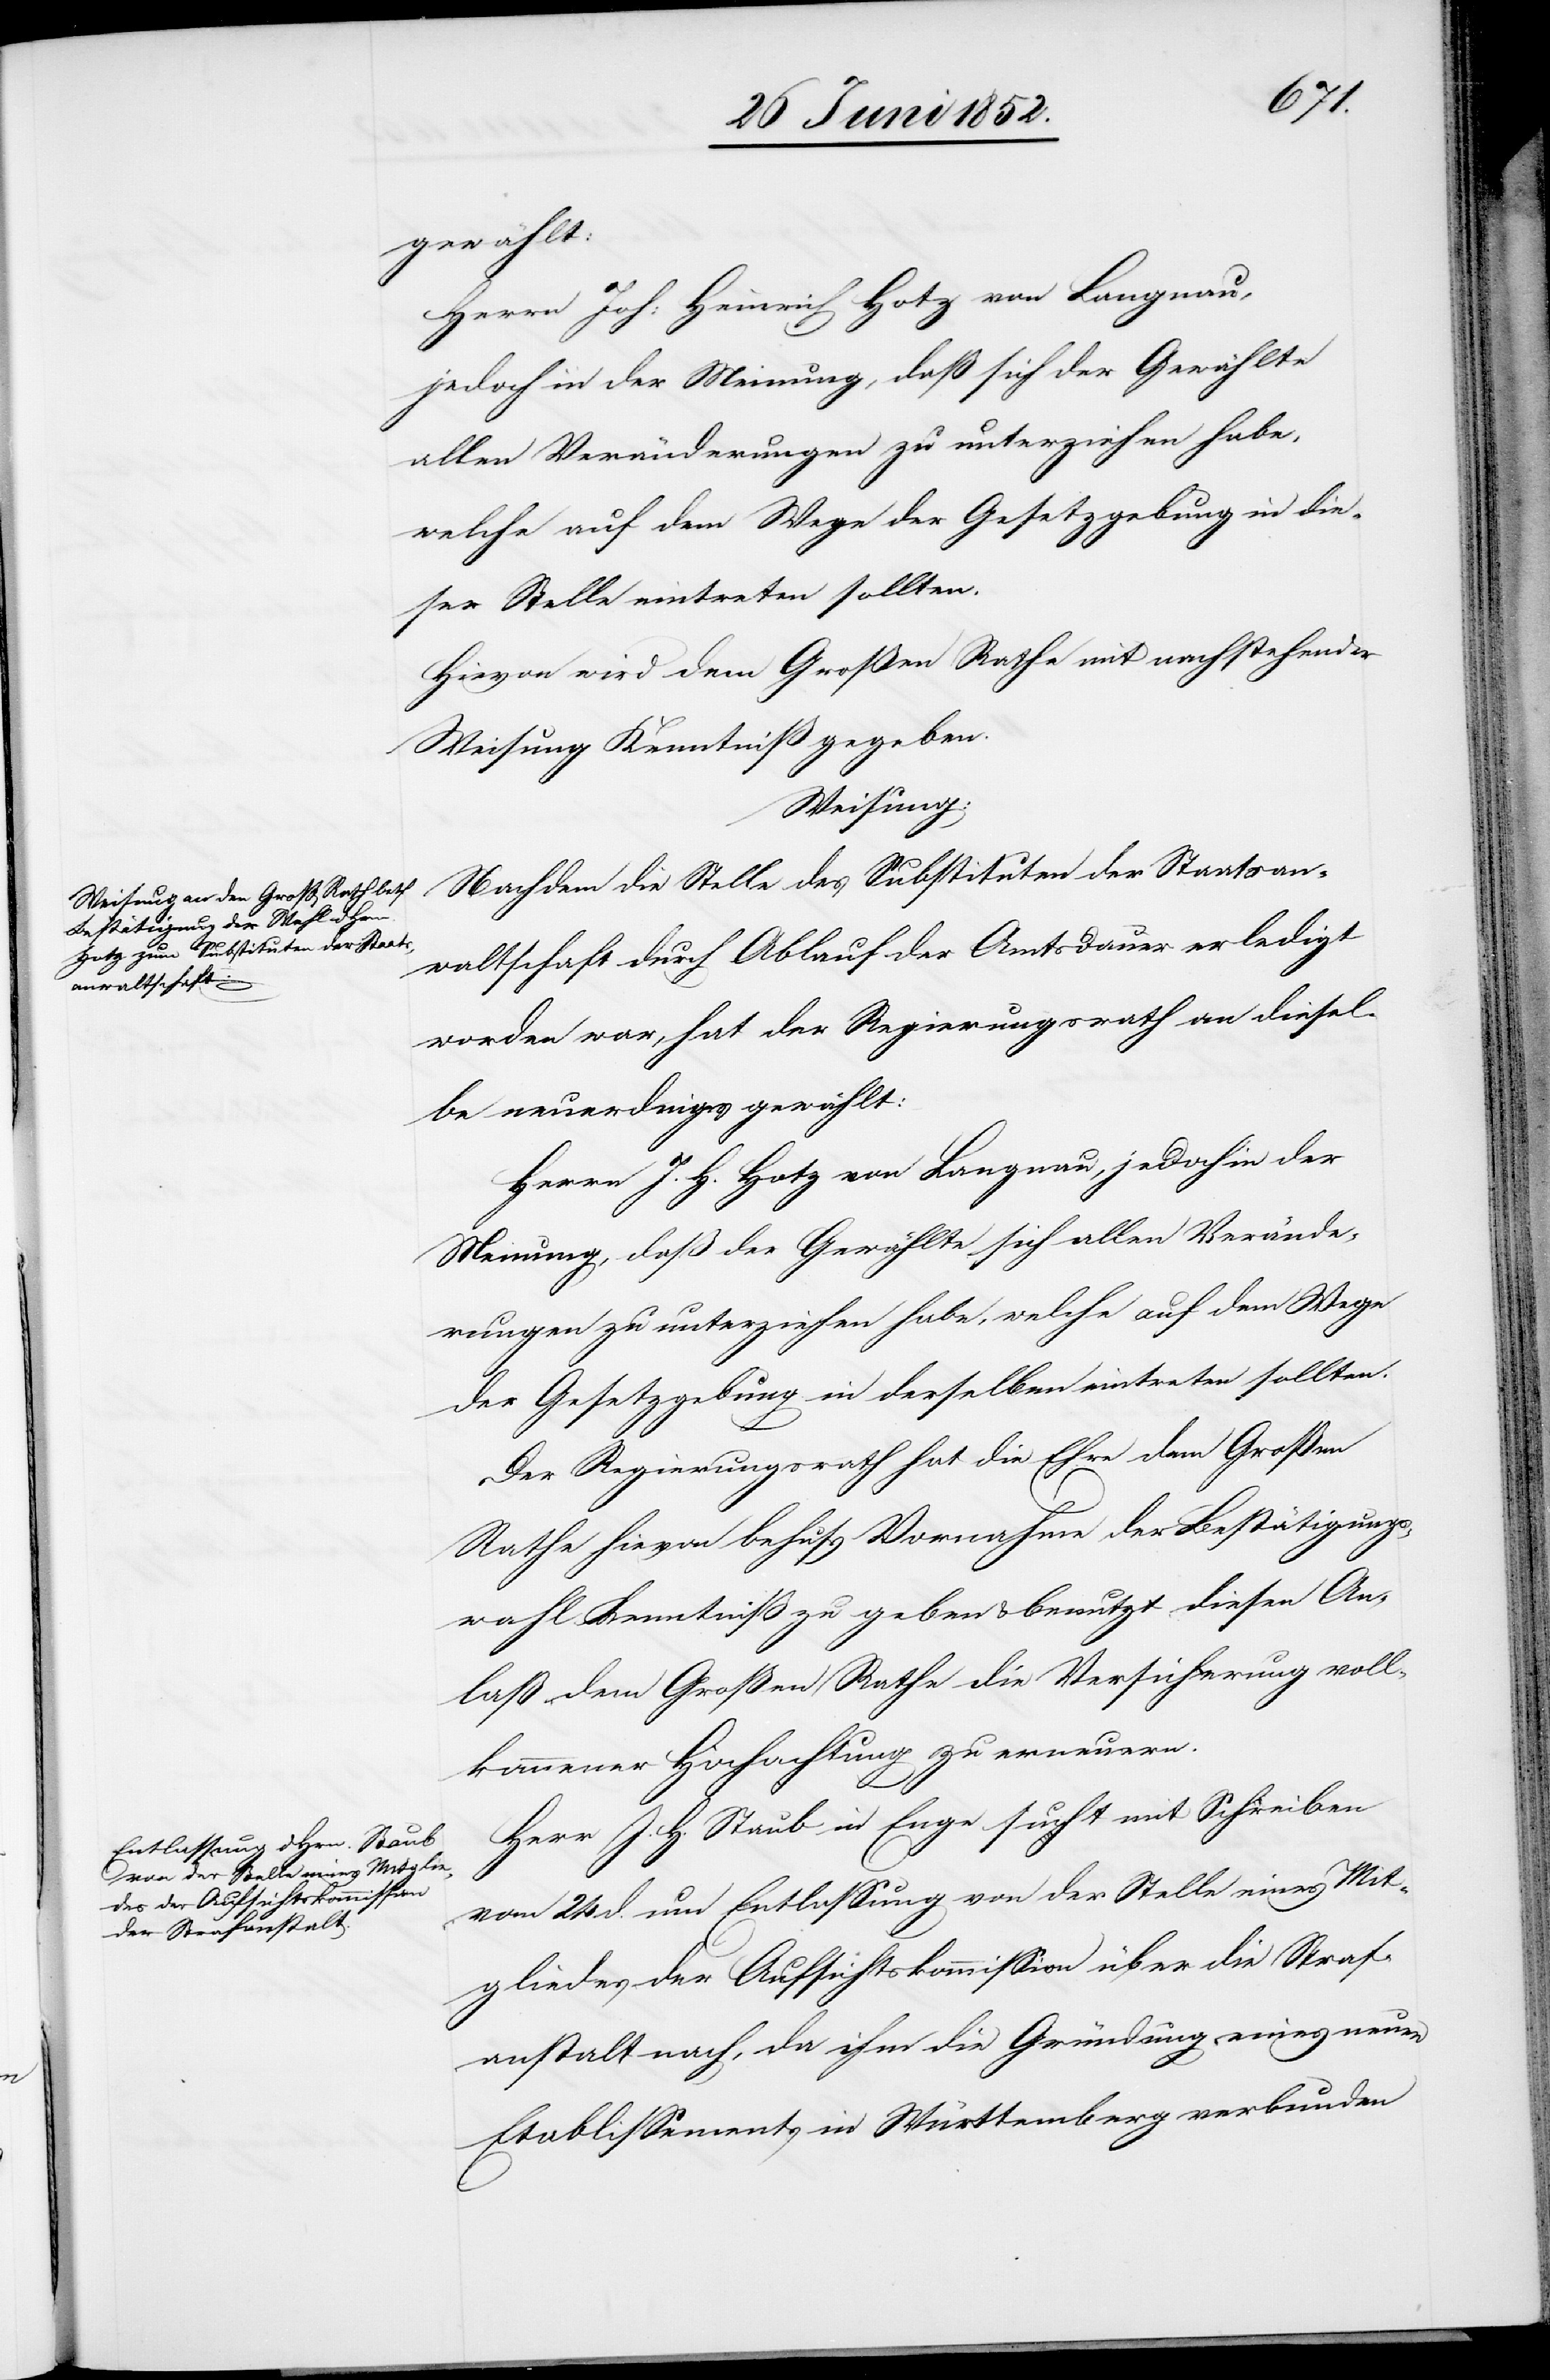
gewählt:
Herrn Joh: Heinrich Hotz von Langnau,
jedoch in der Meinung, daß sich der Gewählte
allen Veränderungen zu unterziehen habe,
welche auf dem Wege der Gesetzgebung in die¬
ser Stelle eintreten sollten.
Hievon wird dem Großen Rathe mit nachstehender
Weisung Kenntniß gegeben.
Weisung:
Nachdem die Stelle des Substituten der Staatsan¬
waltschaft durch Ablauf der Amtsdauer erledigt
worden war, hat der Regierungsrath an diesel¬
be neuerdings gewählt:
Herrn J. H. Hotz von Langnau, jedoch in der
Meinung, daß der Gewählte sich allen Verände¬
rungen zu unterziehen habe, welche auf dem Wege
der Gesetzgebung in derselben eintreten sollten.
Der Regierungsrath hat die Ehre dem Großen
Rathe hievon behufs Vornahme der Bestätigungs¬
wahl Kenntniß zu geben & benutzt diesen An¬
laß dem Großen Rathe die Versicherung voll¬
kommener Hochachtung zu erneuern.
Herr J. H. Staub in Enge sucht mit Schreiben
vom 24 d. um Entlassung von der Stelle eines Mit¬
gliedes der Aufsichtskommission über die Straf¬
anstalt nach, da ihm die Gründung eines neuen
Etablissements in Württemberg verbunden